Lunatic asylums Madras 1877-1891 - 1877-1891
Year: 1877
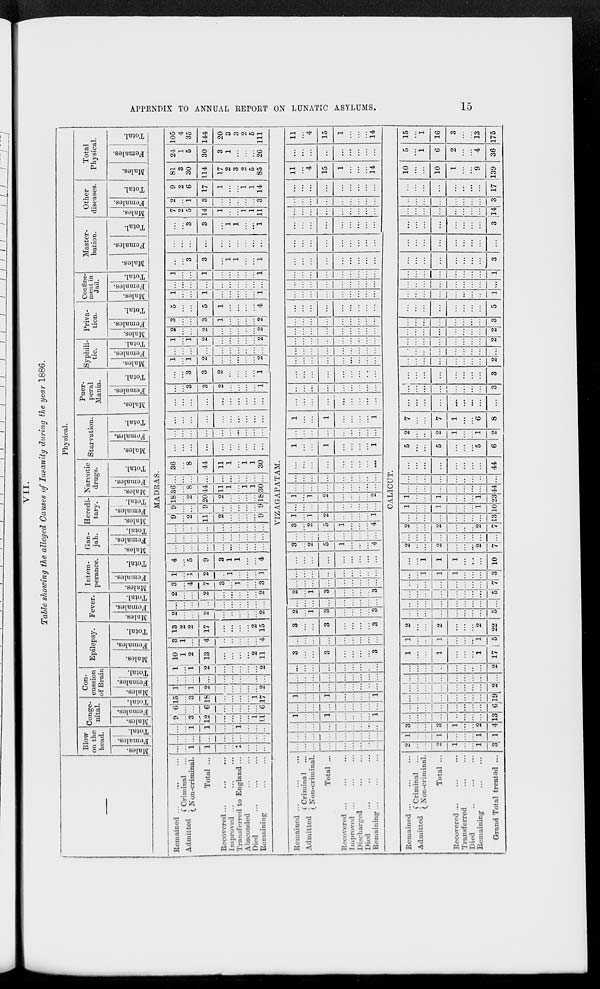
APPENDIX TO ANNUAL REPORT ON LUNATIC ASYLUMS.
15
VII.
Table showing the alleged Causes of Insanity during the year 1886.
Remained ... ... ...
Admitted
Criminal ...
Non-criminal.
Total ...
Recovered ... ... ...
Improved ... ... ...
Transferrered to England ...
Absconded ... ...
Died
...
...
...
Remaining ... ...
Remained ... ... ...
Admitted Criminal ...
Non-criminal.
Total ...
Recovered ... ... ...
Improved ... ... ...
Discharged ... ... ...
Died
...
...
...
Remaining ... ... ...
Remained ... ... ...
Admitted
Criminal ...
Non-criminal.
Total ...
Recovered ... ... ...
Transferred ... ...
Died
...
...
...
Remaining ... ...
Grand Total treated ...
Physical.
Blow
on the
head.
Males.
Females.
Total.
Conge-
nital.
Males.
Females.
Total.
Con-
cussion
of Brain
Males.
Females.
Total.
Epilepsy.
Males.
Females.
Total.
Fever.
Males.
Females.
Total.
Intem-
perance.
Males.
Females.
Total.
Gan-
jah.
Males.
Females.
Total.
Heredi-
tary.
Males.
Females.
Total.
Narcotic
drugs.
Males.
Females.
Total.
Starvation.
Males.
Females.
Total.
Puer-
peral
Mania.
Males.
Females.
Total.
Syphili-
tic.
Males.
Females.
Total.
Priva-
tion.
Males.
Females.
Total.
Confine-
ment in
Jail.
Males.
Females.
Total.
Master-
bation.
Males.
Females.
Total.
Other
diseases.
Males.
Females.
Total.
Total
Physical.
Males.
Females.
Total.
MADRAS.
...
...
1
1
...
...
...
...
...
...
...
...
...
...
...
...
...
...
...
...
...
...
1
1
...
...
1
...
...
...
9
...
3
12
...
...
...
...
1
11
6
...
...
6
...
...
...
...
...
6
15
...
3
18
...
...
...
...
1
17
1
...
1
2
...
...
...
...
...
2
...
...
...
...
...
...
...
...
...
...
1
...
1
2
...
...
...
...
...
2
10
1
2
13
...
...
...
...
2
11
3
1
...
4
...
...
...
...
...
4
13
2
2
17
...
...
...
...
2
15
2
...
...
2
...
...
...
...
...
2
...
...
...
...
...
...
...
...
...
...
2
...
...
2
...
...
...
...
...
2
3
...
4
7
3
...
1
...
...
3
1
...
1
2
...
1
...
...
...
1
4
...
5
9
3
1
1
...
...
4
...
...
...
...
...
...
...
...
...
...
...
...
...
...
...
...
...
...
...
...
...
...
...
...
...
...
...
...
...
...
9
...
2
11
2
...
...
...
...
9
9
...
...
9
...
...
...
...
...
9
18
...
2
20
2
...
...
...
...
18
36
...
8
44
11
1
...
1
1
30
...
...
...
...
...
...
...
...
...
...
36
...
8
44
11
1
...
1
1
30
...
...
...
...
...
...
...
...
...
...
...
...
...
...
...
...
...
...
...
...
...
...
...
...
...
...
...
...
...
...
...
...
...
...
...
...
...
...
...
...
...
...
3
3
2
...
...
...
...
1
...
...
3
3
2
...
...
...
...
1
1
...
1
2
...
...
...
...
...
2
...
...
...
...
...
...
...
...
...
...
1
...
1
2
...
...
...
...
...
2
2
...
...
2
...
...
...
...
...
2
3
...
...
3
1
...
...
...
...
2
5
...
...
5
1
...
...
...
...
4
1
...
...
1
...
...
...
...
...
1
...
...
...
...
...
...
...
...
...
...
1
...
...
1
...
...
...
...
...
1
...
...
3
3
...
1
1
...
...
1
...
...
...
...
...
...
...
...
...
...
...
...
3
3
...
1
1
...
...
1
7
2
5
14
1
...
...
1
1
11
2
...
1
3
...
...
...
...
...
3
9
2
6
17
1
...
...
1
1
14
81
3
30
114
17
2
3
2
5
85
24
1
5
30
3
1
...
...
...
26
105
4
35
144
20
3
3
2
5
111
VIZAGAPATAM.
...
...
...
...
...
...
...
...
...
...
...
...
...
...
...
...
...
...
...
...
...
...
...
...
...
...
...
1
...
...
1
...
...
...
...
1
...
...
...
...
...
...
...
...
...
1
...
...
1
...
...
...
...
1
...
...
...
...
...
...
...
...
...
...
...
...
...
...
...
...
...
...
...
...
...
...
...
...
...
...
...
3
...
...
3
...
...
...
...
3
...
...
...
...
...
...
...
...
...
3
...
...
3
...
...
...
...
3
2
...
1
3
...
...
...
...
3
...
...
...
...
...
...
...
...
...
2
...
1
3
...
...
...
...
3
...
...
...
...
...
...
...
...
...
...
...
...
...
...
...
...
...
...
...
...
...
...
...
...
...
...
...
3
...
2
5
1
...
...
...
4
...
...
...
...
...
...
...
...
...
3
...
2
5
1
...
...
...
4
1
...
1
2
...
...
...
...
1
...
...
...
...
...
...
...
...
...
1
...
1
2
...
...
...
...
2
...
...
...
...
...
...
...
...
...
...
...
...
...
...
...
...
...
...
...
...
...
...
...
...
...
...
...
1
...
...
1
...
...
...
...
1
...
...
...
...
...
...
...
...
...
1
...
...
1
...
...
...
...
1
...
...
...
...
...
...
...
...
...
...
...
...
...
...
...
...
...
...
...
...
...
...
...
...
...
...
...
...
...
...
...
...
...
...
...
...
...
...
...
...
...
...
...
...
...
...
...
...
...
...
...
...
...
...
...
...
...
...
...
...
...
...
...
...
...
...
...
...
...
...
...
...
...
...
...
...
...
...
...
...
...
...
...
...
...
...
...
...
...
...
...
...
...
...
...
...
...
...
...
...
...
...
...
...
...
...
...
...
...
...
...
...
...
...
...
...
...
...
...
...
...
...
...
...
...
...
...
...
...
...
...
...
...
...
...
...
...
...
...
...
...
...
...
...
...
...
...
...
...
...
...
...
...
...
...
...
...
...
...
...
...
...
11
...
4
15
1
...
...
...
14
...
...
...
...
...
...
...
...
...
11
...
4
15
1
...
...
...
14
CALICUT.
2
...
...
2
1
...
...
1
3
1
...
...
1
...
...
...
1
1
3
...
...
3
1
...
...
2
4
...
...
...
...
...
...
...
...
13
...
...
...
...
...
...
...
...
6
...
...
...
...
...
...
...
...
19
...
...
...
...
...
...
...
...
2
...
...
...
...
...
...
...
...
...
...
...
...
...
...
...
...
...
2
1
...
...
1
...
...
...
1
17
1
...
...
1
...
...
...
1
5
2
...
...
2
...
...
...
2
22
...
...
...
...
...
...
...
...
5
...
...
...
...
...
...
...
...
...
...
...
...
...
...
...
...
...
5
...
...
...
...
...
...
...
...
7
...
...
1
1
1
...
...
...
3
...
...
1
1
1
...
...
...
10
2
...
...
2
...
...
...
2
7
...
...
...
...
...
...
...
...
...
2
...
...
2
...
...
...
2
7
...
...
...
...
...
...
...
...
13
1
...
...
1
...
...
...
1
10
1
...
...
1
...
...
...
1
23
...
...
...
...
...
...
...
...
44
...
...
...
...
...
...
...
...
...
...
...
...
...
...
...
...
...
44
5
...
...
5
...
...
...
5
6
2
...
...
2
1
...
...
1
2
7
...
...
7
1
...
...
6
8
...
...
...
...
...
...
...
...
...
...
...
...
...
...
...
...
...
3
...
...
...
...
...
...
...
...
3
...
...
...
...
...
...
...
...
2
...
...
...
...
...
...
...
...
...
...
...
...
...
...
...
...
...
2
...
...
...
...
...
...
...
...
2
...
...
...
...
...
...
...
...
3
...
...
...
...
...
...
...
...
5
...
...
...
...
...
...
...
...
1
...
...
...
...
...
...
...
...
...
...
...
...
...
...
...
...
...
1
...
...
...
...
...
...
...
...
3
...
...
...
...
...
...
...
...
...
...
...
...
...
...
...
...
...
3
...
...
...
...
...
...
...
...
14
...
...
...
...
...
...
...
...
3
...
...
...
...
...
...
...
...
17
10
...
...
10
1
...
...
9
139
5
...
1
6
2
...
...
4
36
15
...
1
16
3
...
...
13
175